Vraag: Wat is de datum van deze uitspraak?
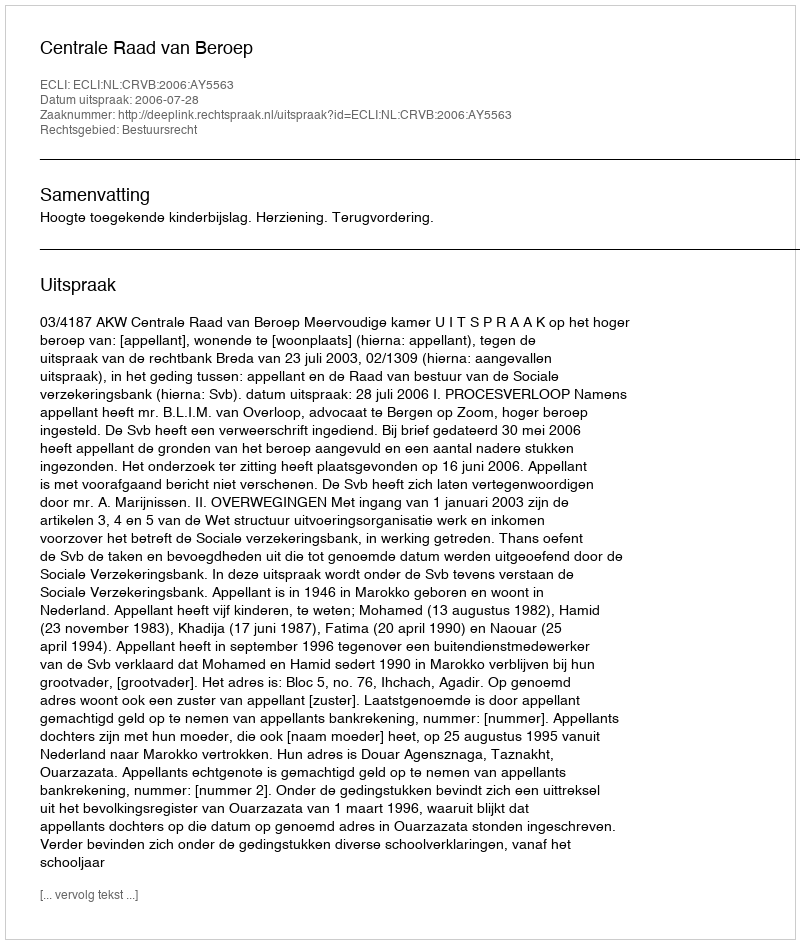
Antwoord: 2006-07-28